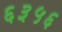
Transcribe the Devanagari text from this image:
६३५६